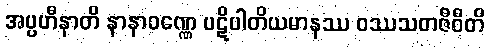
အပ္ပဟီနာတိ နာနာဝဏ္ဏေ ပဋိပါတိယမာနဿ ဝဿသတဇီဝီတိ